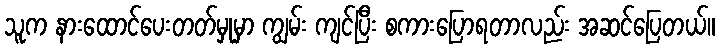
သူက နားထောင်ပေးတတ်မှုမှာ ကျွမ်း ကျင်ပြီး စကားပြောရတာလည်း အဆင်ပြေတယ်။